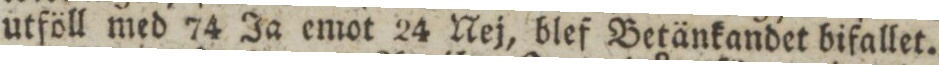
utföll med 74 Ja emot 24 Nej, blef Betänkandet bifallet.